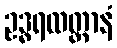
ဥဒ္ဓရထတ္တာနံ